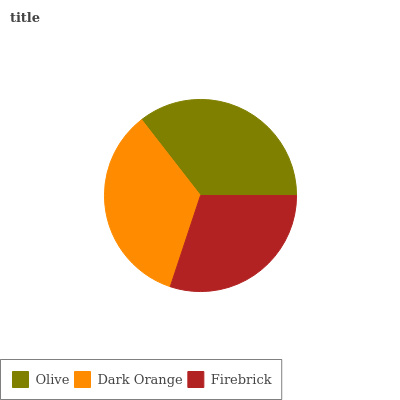
| Olive | Dark Orange | Firebrick |
 | --- | --- | --- |
 | 35.5% | 34.4% | 30.1% |